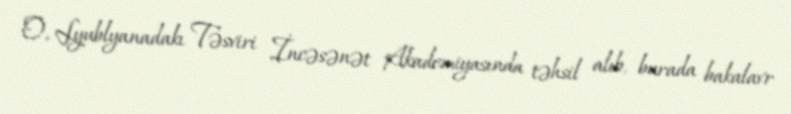
O, Lyublyanadakı Təsviri İncəsənət Akademiyasında təhsil alıb, burada bakalavr